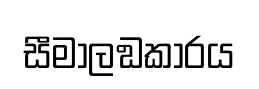
සීමාලඞකාරය